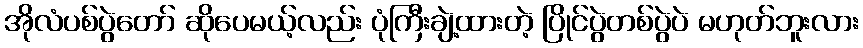
အိုလံပစ်ပွဲတော် ဆိုပေမယ့်လည်း ပုံကြီးချဲ့ထားတဲ့ ပြိုင်ပွဲတစ်ပွဲပဲ မဟုတ်ဘူးလား